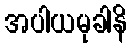
အပါယမုခါနိ